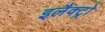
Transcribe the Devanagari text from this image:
इलैक्ट्रो